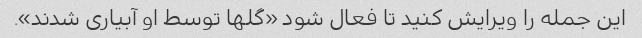
این جمله را ویرایش کنید تا فعال شود «گلها توسط او آبیاری شدند».